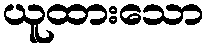
ယူထားသော